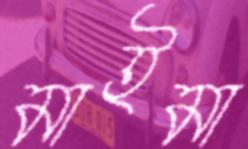
মাইমা